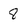
Character: 8